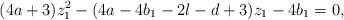
LaTeX: \begin{align*} (4a+3)z_1^2 - (4a-4b_1-2l-d+3)z_1 - 4b_1 = 0,\end{align*}